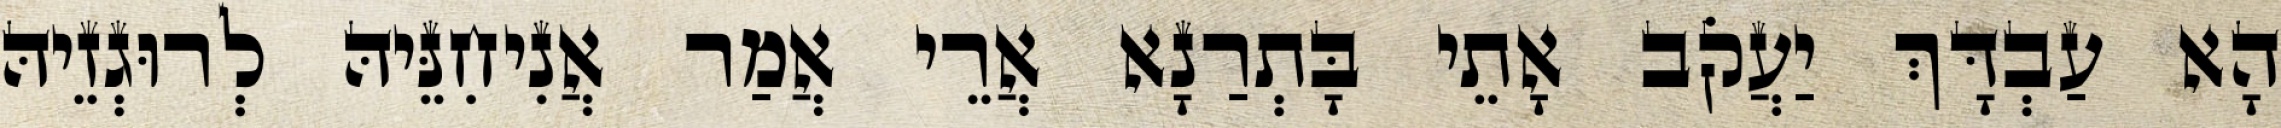
הָא עַבְדָּךְ יַעֲקֹב אָתֵי בָּתְרַנָא אֲרֵי אֲמַר אֲנִיחִנֵּיהּ לְרוּגְזֵיהּ